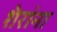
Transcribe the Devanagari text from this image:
शेरांना